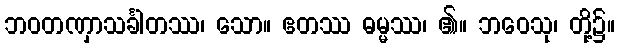
ဘဝတဏှာသင်္ခါတဿ၊ သော။ ဧတဿ ဓမ္မဿ၊ ၏။ ဘဝေသု၊ တို့၌။